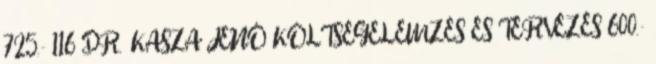
725,- 116 DR. KASZA JENŐ KÖLTSÉGELEMZÉS ÉS TERVEZÉS 600,-